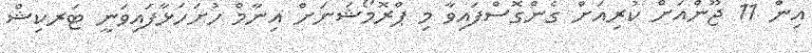
އިން 11 ޖޫންއަށް ކުރިއަށް ގެންގޮސްފައިވާ މި ޕްރޮމޯޝަނަށް އިނާމް ހުށަހަޅާފައިވަނީ ޓަރކިޝް